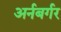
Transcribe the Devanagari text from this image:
अर्नबर्गर